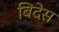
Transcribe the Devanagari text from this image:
बिदेस